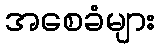
အစေခံများ